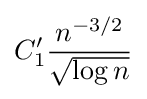
C_{1}'{\frac {n^{-3/2}}{\sqrt {\log n}}}